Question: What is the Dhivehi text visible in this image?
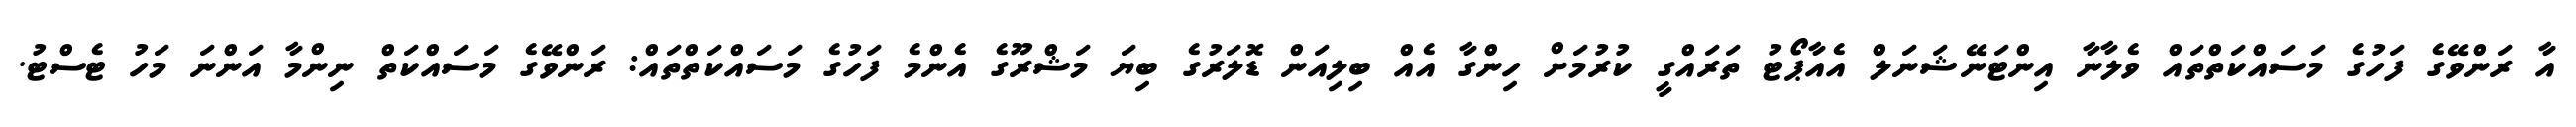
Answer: އާ ރަންވޭގެ ފަހުގެ މަސައްކަތްތައް ވެލާނާ އިންޓަނޭޝަނަލް އެއާޕޯޓު ތަރައްގީ ކުރުމަށް ހިންގާ އެއް ބިލިއަން ޑޮލަރުގެ ބިޔަ މަޝްރޫގެ އެންމެ ފަހުގެ މަސައްކަތްތައް: ރަންވޭގެ މަސައްކަތް ނިންމާ އަންނަ މަހު ޓެސްޓު.